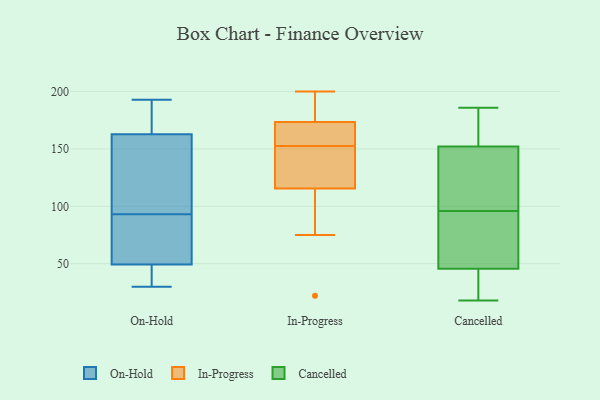
{"axis": {"x": "Population (Million)", "y": "Value"}, "legend": ["Cancelled", "In-Progress", "On-Hold"], "data": [{"x": "", "y": 191, "type": "On-Hold"}, {"x": "", "y": 31, "type": "On-Hold"}, {"x": "", "y": 129, "type": "On-Hold"}, {"x": "", "y": 70, "type": "On-Hold"}, {"x": "", "y": 93, "type": "On-Hold"}, {"x": "", "y": 59, "type": "On-Hold"}, {"x": "", "y": 32, "type": "On-Hold"}, {"x": "", "y": 172, "type": "On-Hold"}, {"x": "", "y": 123, "type": "On-Hold"}, {"x": "", "y": 163, "type": "On-Hold"}, {"x": "", "y": 67, "type": "On-Hold"}, {"x": "", "y": 180, "type": "On-Hold"}, {"x": "", "y": 31, "type": "On-Hold"}, {"x": "", "y": 114, "type": "On-Hold"}, {"x": "", "y": 193, "type": "On-Hold"}, {"x": "", "y": 30, "type": "On-Hold"}, {"x": "", "y": 88, "type": "On-Hold"}, {"x": "", "y": 162, "type": "On-Hold"}, {"x": "", "y": 46, "type": "On-Hold"}, {"x": "", "y": 75, "type": "In-Progress"}, {"x": "", "y": 135, "type": "In-Progress"}, {"x": "", "y": 177, "type": "In-Progress"}, {"x": "", "y": 155, "type": "In-Progress"}, {"x": "", "y": 143, "type": "In-Progress"}, {"x": "", "y": 142, "type": "In-Progress"}, {"x": "", "y": 158, "type": "In-Progress"}, {"x": "", "y": 156, "type": "In-Progress"}, {"x": "", "y": 195, "type": "In-Progress"}, {"x": "", "y": 22, "type": "In-Progress"}, {"x": "", "y": 94, "type": "In-Progress"}, {"x": "", "y": 150, "type": "In-Progress"}, {"x": "", "y": 194, "type": "In-Progress"}, {"x": "", "y": 200, "type": "In-Progress"}, {"x": "", "y": 170, "type": "In-Progress"}, {"x": "", "y": 96, "type": "In-Progress"}, {"x": "", "y": 43, "type": "Cancelled"}, {"x": "", "y": 132, "type": "Cancelled"}, {"x": "", "y": 96, "type": "Cancelled"}, {"x": "", "y": 159, "type": "Cancelled"}, {"x": "", "y": 35, "type": "Cancelled"}, {"x": "", "y": 186, "type": "Cancelled"}, {"x": "", "y": 122, "type": "Cancelled"}, {"x": "", "y": 18, "type": "Cancelled"}, {"x": "", "y": 65, "type": "Cancelled"}, {"x": "", "y": 175, "type": "Cancelled"}, {"x": "", "y": 53, "type": "Cancelled"}]}